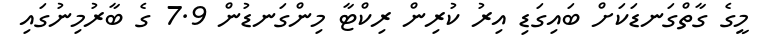
މީގެ ގާތްގަނޑަކަށް ބައިގަޑި އިރު ކުރިން ރިކްޓާ މިންގަނޑުން 7.9 ގެ ބާރުމިނުގައި